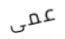
عمى